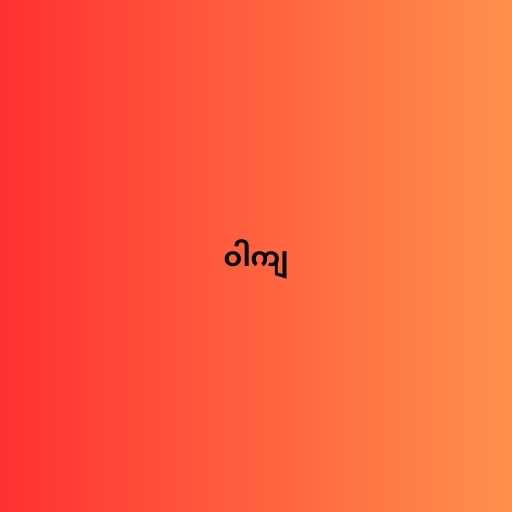
ဝါကျ